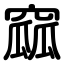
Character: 窳